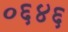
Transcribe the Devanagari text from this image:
०६४६